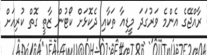
ރާއްޖޭގެ އެންމެ ވަރުގަދަ މީޑިއާ ތަކާއި ދެކޮޅަށް ކޯޓުން ޒާތީ ގޮތް ކުރިއަށް